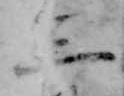
三